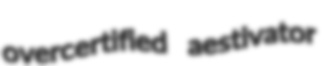
overcertified aestivator